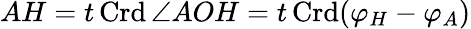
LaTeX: AH=t\operatorname{Crd}\angle AOH=t\operatorname{Crd}(\varphi_{H}-\varphi_{A})